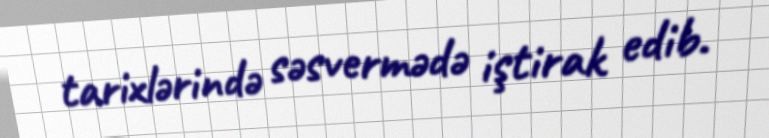
tarixlərində səsvermədə iştirak edib.